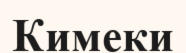
Кимеки